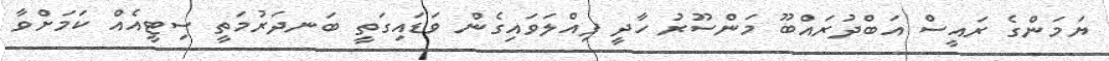
ޔަމަންގެ ރައީސް އަބްދުރައްބޫ މަންސޫރު ހާދީ ފިއްލަވައިގެން ވަޑައިގަތީ ބަނދަރުމަތީ ސިޓީއެއް ކަމަށްވާ